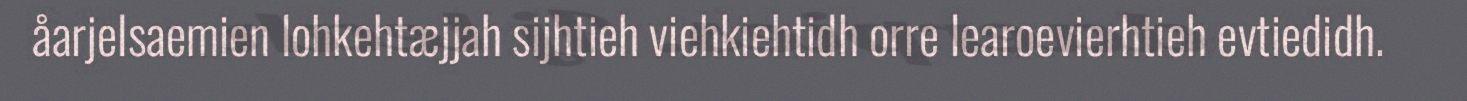
åarjelsaemien lohkehtæjjah sijhtieh viehkiehtidh orre learoevierhtieh evtiedidh.